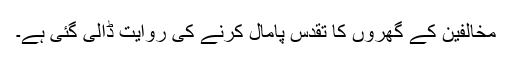
مخالفین کے گھروں کا تقدس پامال کرنے کی روایت ڈالی گئی ہے۔